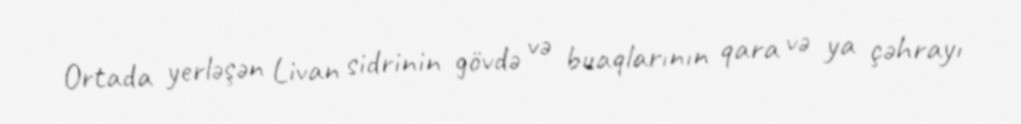
Ortada yerləşən Livan sidrinin gövdə və buaqlarının qara və ya çəhrayı